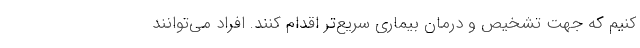
کنیم که جهت تشخیص و درمان بیماری سریع‌تر اقدام کنند. افراد می‌توانند